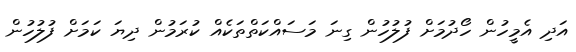
އަދި އެމީހުން ހޯދުމަށް ފުލުހުން ގިނަ މަސައްކަތްތަކެއް ކުރަމުން ދިޔަ ކަމަށް ފުލުހުން